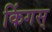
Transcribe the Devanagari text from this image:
किंगस्